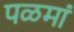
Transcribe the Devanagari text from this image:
पळमां